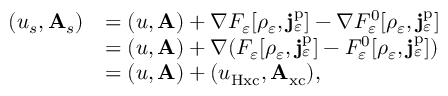
\begin{array} { r l } { ( u _ { s } , \mathbf { A } _ { s } ) } & { = ( u , \mathbf { A } ) + \nabla F _ { \varepsilon } [ \rho _ { \varepsilon } , \mathbf { j } _ { \varepsilon } ^ { \mathrm { p } } ] - \nabla F _ { \varepsilon } ^ { 0 } [ \rho _ { \varepsilon } , \mathbf { j } _ { \varepsilon } ^ { \mathrm { p } } ] } \\ & { = ( u , \mathbf { A } ) + \nabla ( F _ { \varepsilon } [ \rho _ { \varepsilon } , \mathbf { j } _ { \varepsilon } ^ { \mathrm { p } } ] - F _ { \varepsilon } ^ { 0 } [ \rho _ { \varepsilon } , \mathbf { j } _ { \varepsilon } ^ { \mathrm { p } } ] ) } \\ & { = ( u , \mathbf { A } ) + ( u _ { \mathrm { H x c } } , \mathbf { A } _ { \mathrm { x c } } ) , } \end{array}